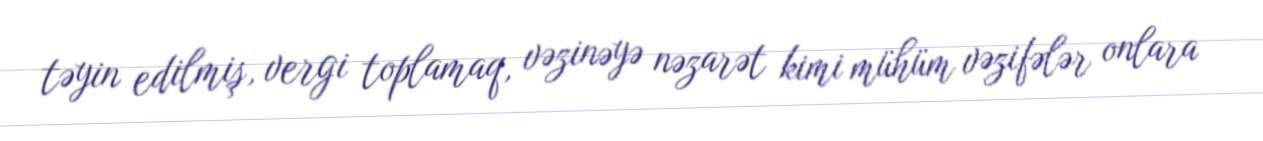
təyin edilmiş, vergi toplamaq, vəzinəyə nəzarət kimi mühüm vəzifələr onlara